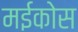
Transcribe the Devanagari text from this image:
मईकोस